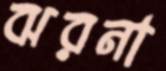
ঝরনা